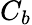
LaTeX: C_{b}